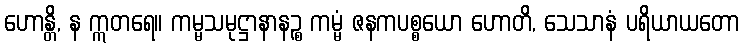
ဟောန္တိ, န ဣတရေ။ ကမ္မသမုဋ္ဌာနာနဉ္စ ကမ္မံ ဇနကပစ္စယော ဟောတိ, သေသာနံ ပရိယာယတော